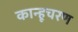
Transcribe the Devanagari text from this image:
कान्हूचरण